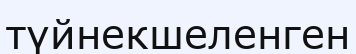
түйнекшеленген